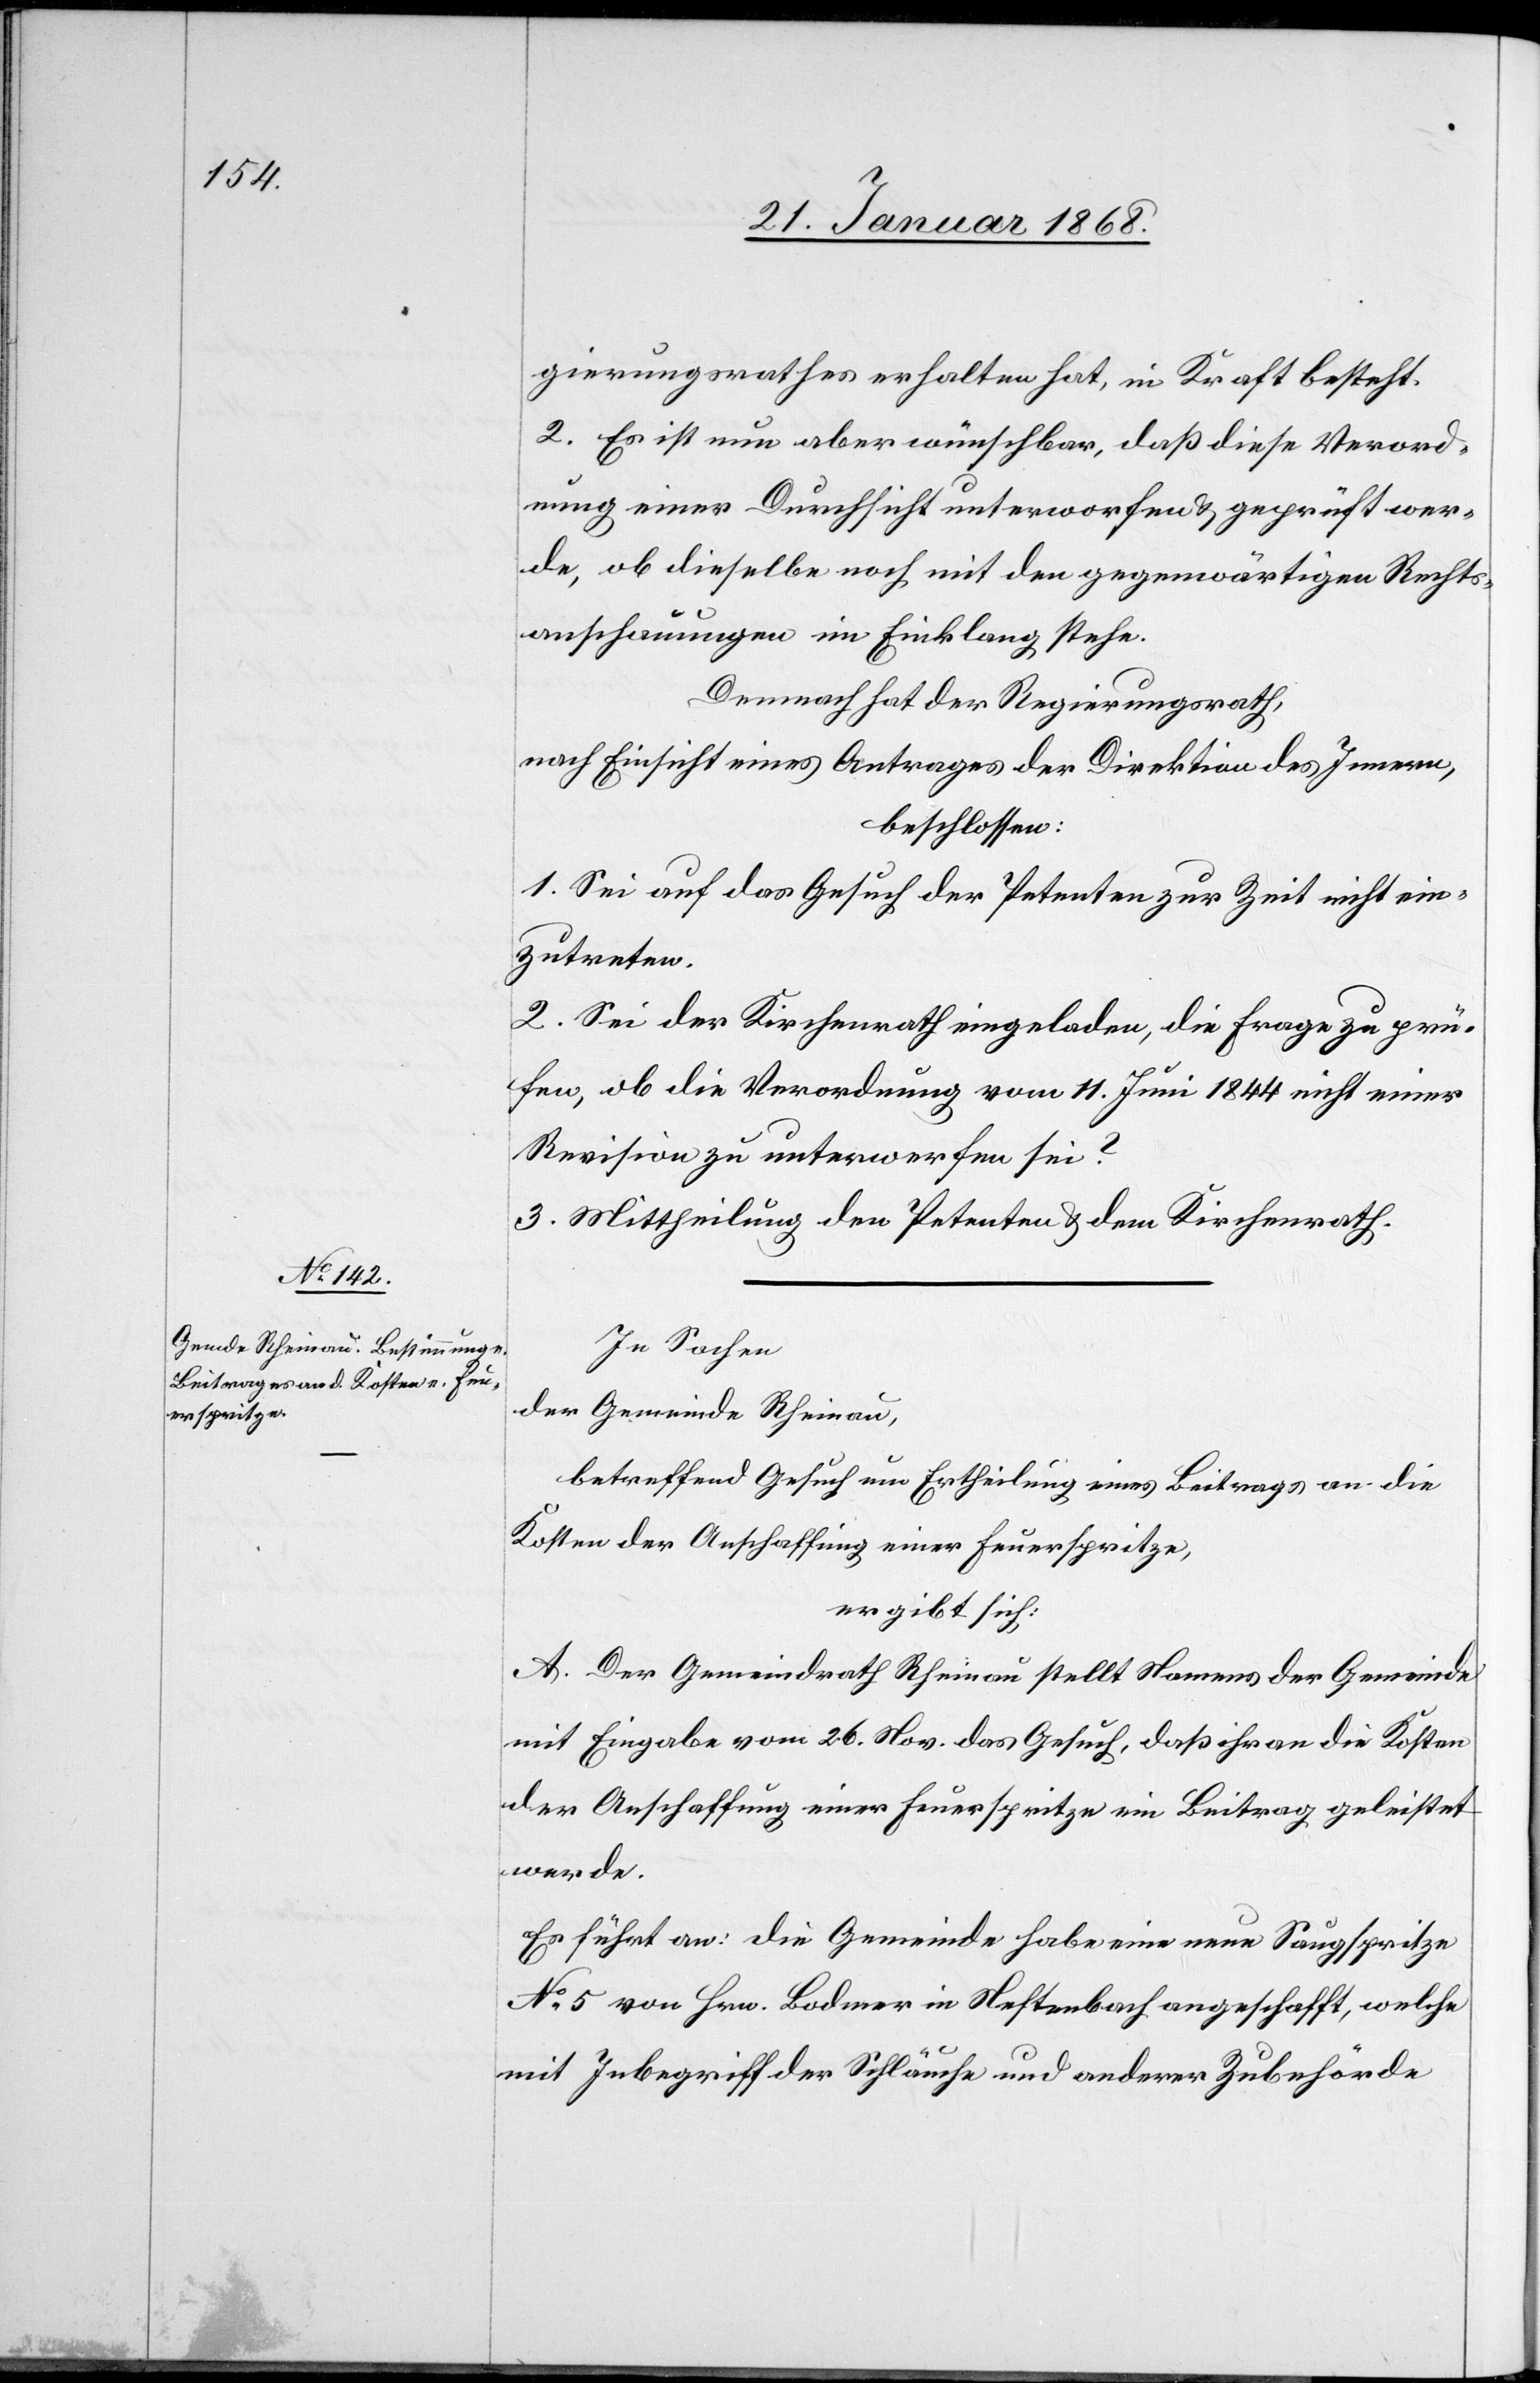
gierungsrathes erhalten hat, in Kraft besteht.
2. Es ist nun aber wünschbar, daß diese Verord¬
nung einer Durchsicht unterworfen & geprüft wer¬
de, ob dieselbe noch mit den gegenwärtigen Rechts¬
anschauungen im Einklang stehe.
Demnach hat der Regierungsrath,
nach Einsicht eines Antrages der Direktion des Innern,
beschlossen:
1. Sei auf das Gesuch der Petenten zur Zeit nicht ein¬
zutreten.
2. Sei der Kirchenrath eingeladen, die Frage zu prü¬
fen, ob die Verordnung vom 11. Juni 1844 nicht einer
Revision zu unterwerfen sei?
3. Mittheilung den Petenten & dem Kirchenrath.
In Sachen
der Gemeinde Rheinau,
betreffend Gesuch um Ertheilung eines Beitrags an die
Kosten der Anschaffung einer Feuerspritze,
ergibt sich:
A. Der Gemeindrath Rheinau stellt Namens der Gemeinde
mit Eingabe vom 26. Nov. das Gesuch, daß ihr an die Kosten
der Anschaffung einer Feuerspritze ein Beitrag geleistet
werde.
Er] führt an: die Gemeinde habe eine neue Saugspritze
No. 5 von Hrn. Bodmer in Neftenbach angeschafft, welche
mit Inbegriff der Schläuche und anderer Zubehörde